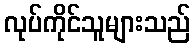
လုပ်ကိုင်သူများသည်